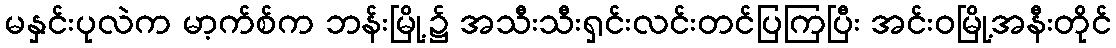
မနှင်းပုလဲက မာ့က်စ်က ဘန်းမြို့၌ အသီးသီးရှင်းလင်းတင်ပြကြပြီး အင်းဝမြို့အနီးတိုင်